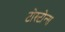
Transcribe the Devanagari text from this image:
टोस्टोन्स